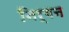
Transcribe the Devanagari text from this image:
निर्गन